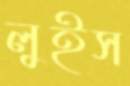
লুইস